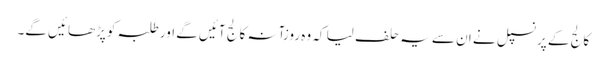
کالج کے پرنسپل نے ان سے یہ حلف لیا کہ وہ روزآنہ کالج آئیں گے اور طلبہ کو پڑھائیں گے۔